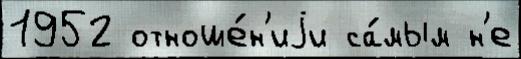
1952 отноше́н'иjи са́мым н'е